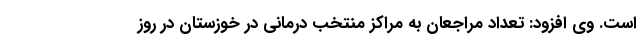
است. وی افزود: تعداد مراجعان به مراکز منتخب درمانی در خوزستان در روز